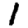
Digit: 1